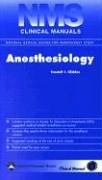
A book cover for NMS Clinical Manual of Anesthesia; Randall S. Glidden; Medical Books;